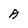
Character: A